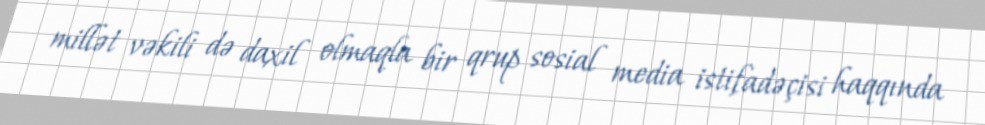
millət vəkili də daxil olmaqla bir qrup sosial media istifadəçisi haqqında